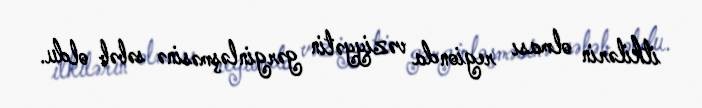
itkilərin olması regionda vəziyyətin gərginləşməsinə səbəb oldu.